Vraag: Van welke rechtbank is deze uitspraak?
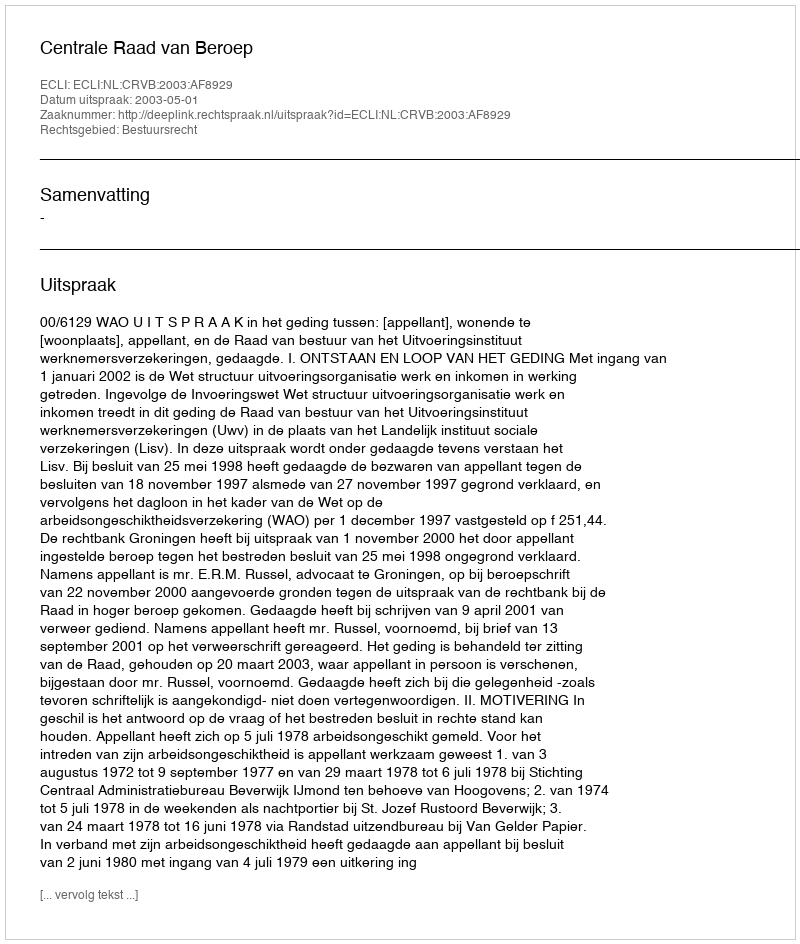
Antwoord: Centrale Raad van Beroep